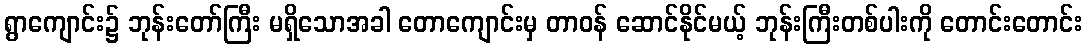
ရွာကျောင်း၌ ဘုန်းတော်ကြီး မရှိသောအခါ တောကျောင်းမှ တာဝန် ဆောင်နိုင်မယ့် ဘုန်းကြီးတစ်ပါးကို တောင်းတောင်း